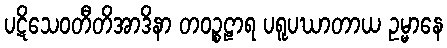
ပဋိသေဝတီတိအာဒိနာ တဝဉ္စဠာရ ပရူပဃာတာယ ဥမ္မာနေ